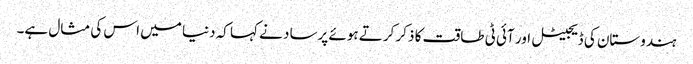
ہندوستان کی ڈیجیٹل اور آئی ٹی طاقت کا ذکر کرتے ہوئے پرساد نے کہا کہ دنیا میں اس کی مثال ہے۔